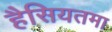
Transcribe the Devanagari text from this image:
हैसियतमा